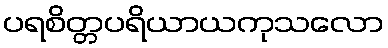
ပရစိတ္တပရိယာယကုသလော